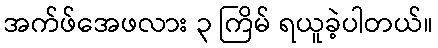
အက်ဖ်အေဖလား ၃ ကြိမ် ရယူခဲ့ပါတယ်။